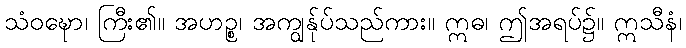
သံဝဍ္ဎော၊ ကြီး၏။ အဟဉ္စ၊ အကျွန်ုပ်သည်ကား။ ဣဓ၊ ဤအရပ်၌။ ဣသီနံ၊